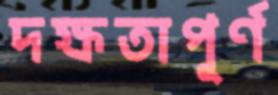
দক্ষতাপূর্ণ